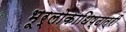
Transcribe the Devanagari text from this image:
भूर्लोकाधिष्ठात्रीं